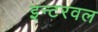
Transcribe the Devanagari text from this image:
इन्टरवल